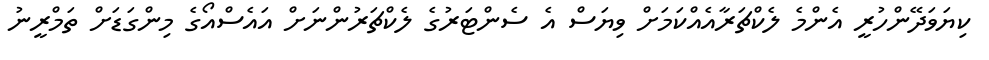
ކިޔަވަދޭންހުރީ އެންމެ ލެކްޗަރާއެއްކަމަށް ވިޔަސް އެ ސެންޓަރުގެ ލެކްޗަރުންނަށް އައެސްއޯގެ މިންގަޑަށް ތަމްރީނު